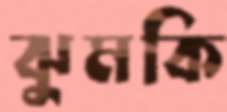
ঝুমকি